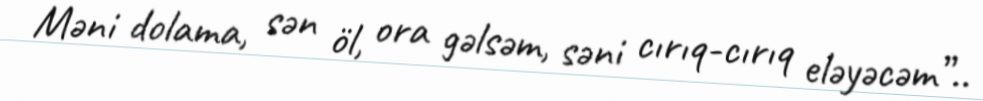
Məni dolama, sən öl, ora gəlsəm, səni cırıq-cırıq eləyəcəm”..